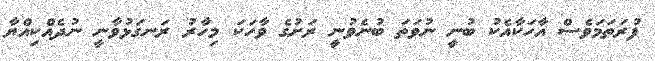
ފުރަތަމަވެސް އާހަކާއެކު ބުނީ ނުވަތަ ބުނެވުނީ ރަށުގެ ވާހަކަ މިހާރު ރަނގަޅުވާނީ ނުދެއްކިއްޔާ